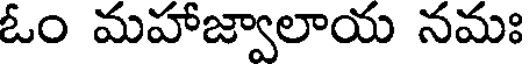
ఓం మహాజ్వాలాయ నమః